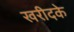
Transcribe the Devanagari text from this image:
खरीदके